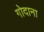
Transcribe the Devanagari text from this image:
गोदाना